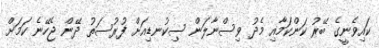
ކައިވެނީގެ ބޭރު ކަންކަމާއި މެދު ވިސްނާލަން ސިކުނޑިއަށް ފުރުސަތު ދޭން ޖެހޭނެ ކަމަށް